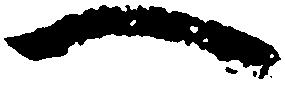
へ